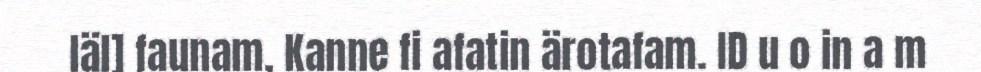
läl] faunam, Kanne fi afatin ärotafam. ID u o in a m